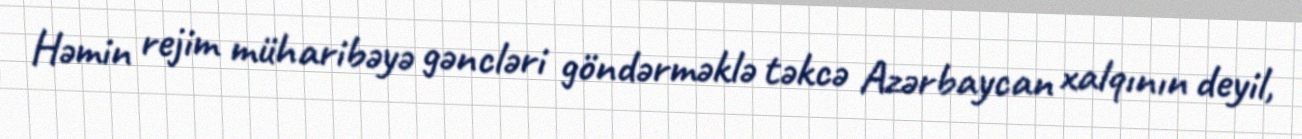
Həmin rejim müharibəyə gəncləri göndərməklə təkcə Azərbaycan xalqının deyil,